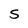
Character: S